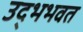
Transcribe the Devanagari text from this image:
उद्भभवत